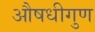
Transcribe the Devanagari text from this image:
औषधीगुण